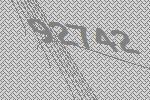
92742